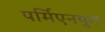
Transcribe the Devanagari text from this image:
पर्मिएनयुग